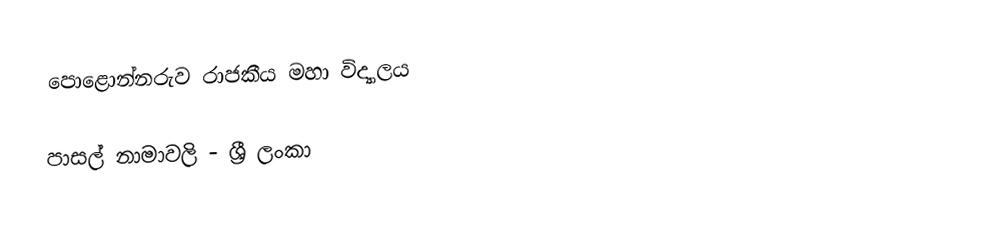
පොළොන්නරුව රාජකීය මහා විද්‍යාලය

පාසල් නාමාවලි - ශ්‍රී ලංකා